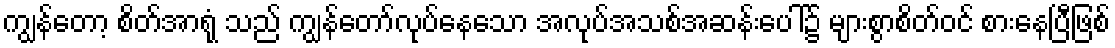
ကျွန်တော့ စိတ်အာရုံ သည် ကျွန်တော်လုပ်နေသော အလုပ်အသစ်အဆန်းပေါ်၌ များစွာစိတ်ဝင် စားနေပြီဖြစ်